Insane asylums in Bengal annual reports 1867-1875 - 1867-1875
Year: 1867
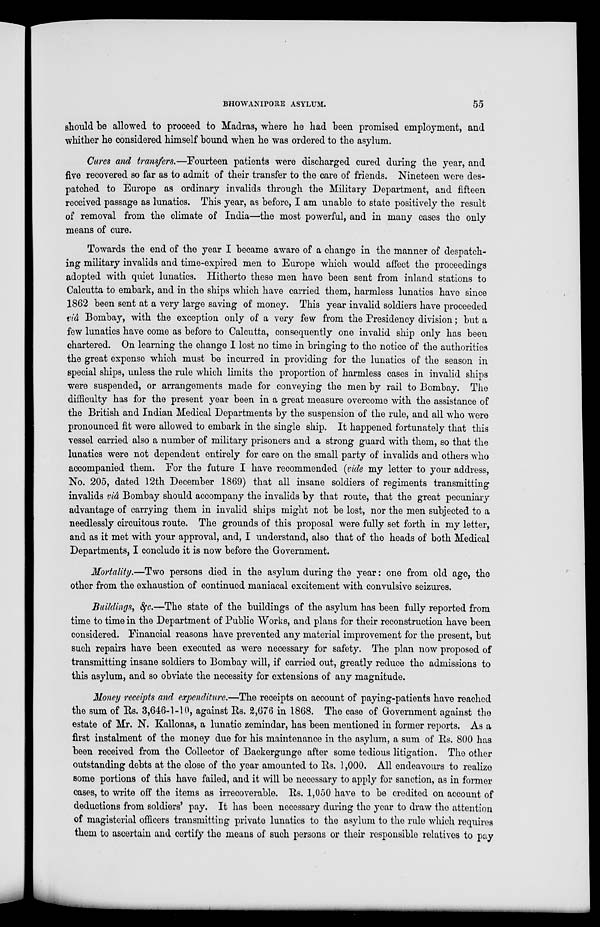
BHOWANIPORE ASYLUM.
55
should be allowed to proceed to Madras, where he had been promised employment, and
whither he considered himself bound when he was ordered to the asylum.
Cures and transfers.—Fourteen patients were discharged cured during the year, and
five recovered so far as to admit of their transfer to the care of friends. Nineteen were des-
patched to Europe as ordinary invalids through the Military Department, and fifteen
received passage as lunatics. This year, as before, I am unable to state positively the result
of removal from the climate of India—the most powerful, and in many cases the only
means of cure.
Towards the end of the year I became aware of a change in the manner of despatch-
ing military invalids and time-expired men to Europe which would affect the proceedings
adopted with quiet lunatics. Hitherto these men have been sent from inland stations to
Calcutta to embark, and in the ships which have carried them, harmless lunatics have since
1862 been sent at a very large saving of money. This year invalid soldiers have proceeded
viâ Bombay, with the exception only of a very few from the Presidency division; but a
few lunatics have come as before to Calcutta, consequently one invalid ship only has been
chartered. On learning the change I lost no time in bringing to the notice of the authorities
the great expense which must be incurred in providing for the lunatics of the season in
special ships, unless the rule which limits the proportion of harmless cases in invalid ships
were suspended, or arrangements made for conveying the men by rail to Bombay. The
difficulty has for the present year been in a great measure overcome with the assistance of
the British and Indian Medical Departments by the suspension of the rule, and all who were
pronounced fit were allowed to embark in the single ship. It happened fortunately that this
vessel carried also a number of military prisoners and a strong guard with them, so that the
lunatics were not dependent entirely for care on the small party of invalids and others who
accompanied them. For the future I have recommended (vide my letter to your address,
No. 205, dated 12th December 1869) that all insane soldiers of regiments transmitting
invalids viâ Bombay should accompany the invalids by that route, that the great pecuniary
advantage of carrying them in invalid ships might not be lost, nor the men subjected to a
needlessly circuitous route. The grounds of this proposal were fully set forth in my letter,
and as it met with your approval, and, I understand, also that of the heads of both Medical
Departments, I conclude it is now before the Government.
Mortality.—Two persons died in the asylum during the year: one from old age, the
other from the exhaustion of continued maniacal excitement with convulsive seizures.
Buildings, &c.—The state of the buildings of the asylum has been fully reported from
time to time in the Department of Public Works, and plans for their reconstruction have been
considered. Financial reasons have prevented any material improvement for the present, but
such repairs have been executed as were necessary for safety. The plan now proposed of
transmitting insane soldiers to Bombay will, if carried out, greatly reduce the admissions to
this asylum, and so obviate the necessity for extensions of any magnitude.
Money receipts and expenditure.—The receipts on account of paying-patients have reached
the sum of Rs. 3,646-1-10, against Rs. 2,676 in 1868. The case of Government against the
estate of Mr. N. Kallonas, a lunatic zemindar, has been mentioned in former reports. As a
first instalment of the money due for his maintenance in the asylum, a sum of Rs. 800 has
been received from the Collector of Backergunge after some tedious litigation. The other
outstanding debts at the close of the year amounted to Rs. 1,000. All endeavours to realize
some portions of this have failed, and it will be necessary to apply for sanction, as in former
cases, to write off the items as irrecoverable. Rs. 1,050 have to be credited on account of
deductions from soldiers' pay. It has been necessary during the year to draw the attention
of magisterial officers transmitting private lunatics to the asylum to the rule which requires
them to ascertain and certify the means of such persons or their responsible relatives to pay